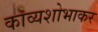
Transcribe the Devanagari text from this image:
काव्यशोभाकर